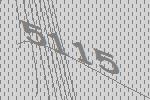
5115